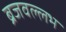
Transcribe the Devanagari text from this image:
ब्रजवल्लभ